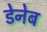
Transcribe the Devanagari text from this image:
डेनेब